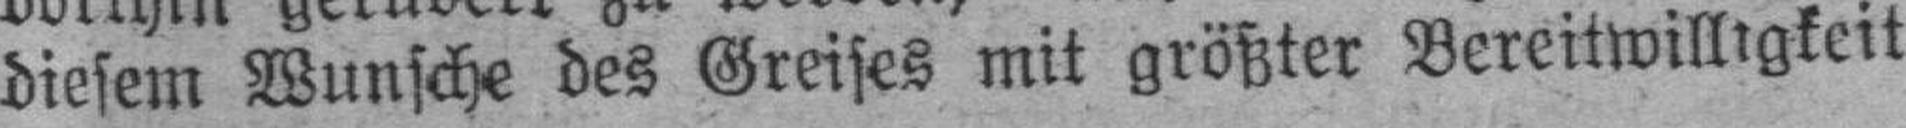
diesem Wunsche des Greises mit größter Bereitwilligkeit